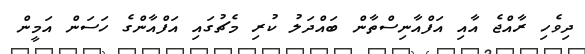
ދިވެހި ރާއްޖެ އާއި އަފްއާނިސްތާން ބައްދަލު ކުރި މެޗުގައި އަފްއާންގެ ހަސަން އަމީން